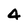
Character: 4